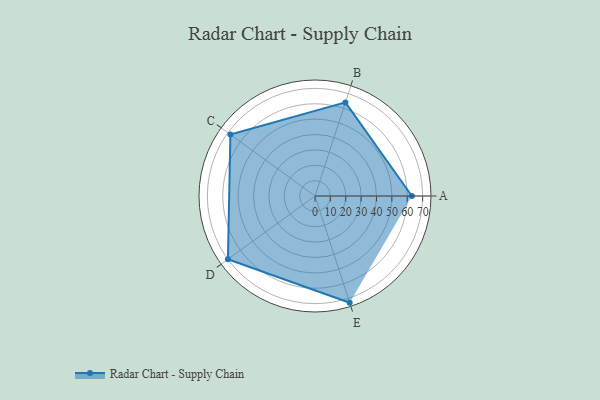
{"axis": {"x": "Skill", "y": "Score"}, "legend": ["Profile"], "data": [{"x": "A", "y": 63.0, "type": "Profile"}, {"x": "B", "y": 64.0, "type": "Profile"}, {"x": "C", "y": 68.0, "type": "Profile"}, {"x": "D", "y": 70.0, "type": "Profile"}, {"x": "E", "y": 73.0, "type": "Profile"}]}